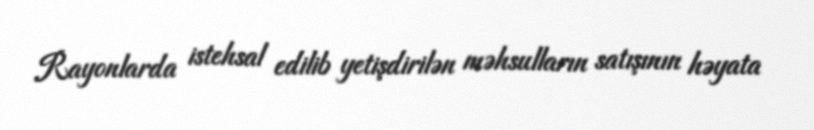
Rayonlarda istehsal edilib yetişdirilən məhsulların satışının həyata